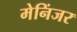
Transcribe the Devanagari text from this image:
मेनिंजर